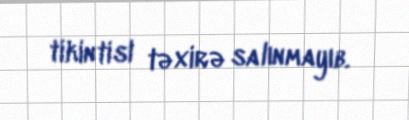
tikintisi təxirə salınmayıb.